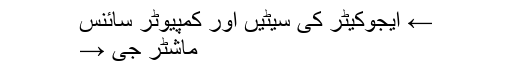
← ایجوکیٹر کی سیٹیں اور کمپیوٹر سائنس
ماشٹر جی →